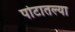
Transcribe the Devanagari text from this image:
पोटातल्या